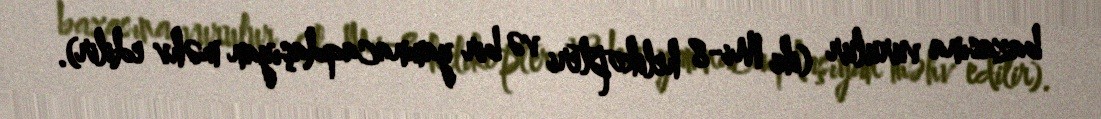
bazasına vurulur (iki Mi-8 helikopteri və bir yamnacaqdaşıyan məhv edilir).